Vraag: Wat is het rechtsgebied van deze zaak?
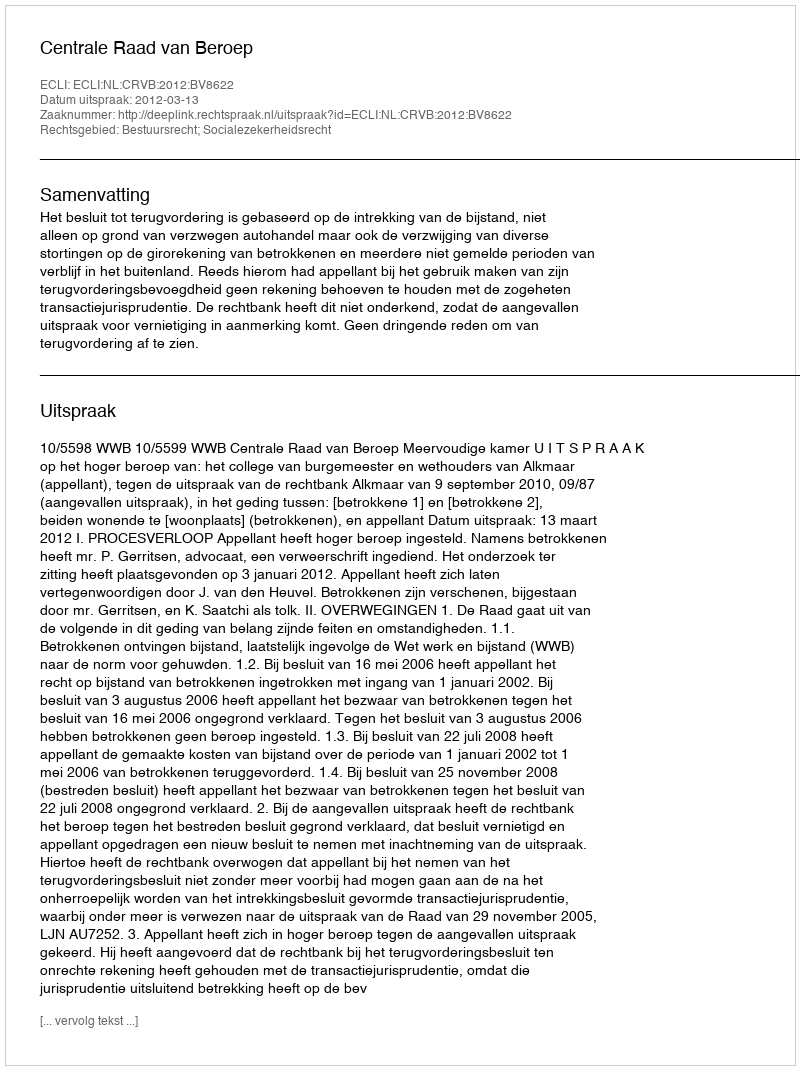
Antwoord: Bestuursrecht; Socialezekerheidsrecht